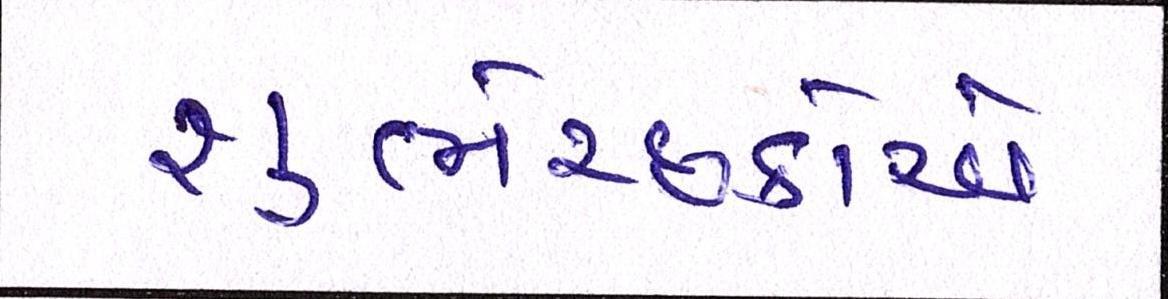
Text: શુભેચ્છકોએ